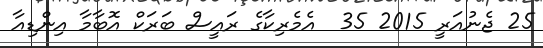
25 ޖެނުއަރީ 2015 35  އެމެރިކާގެ ރައީސް ބަރަކް އޮބާމާ އިންޑިއާ